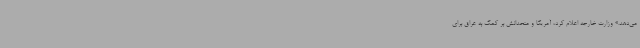
می‌دهد.» وزارت خارجه اعلام کرد، آمریکا و متحدانش بر کمک به عراق برای